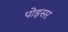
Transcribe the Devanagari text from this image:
पोइसर